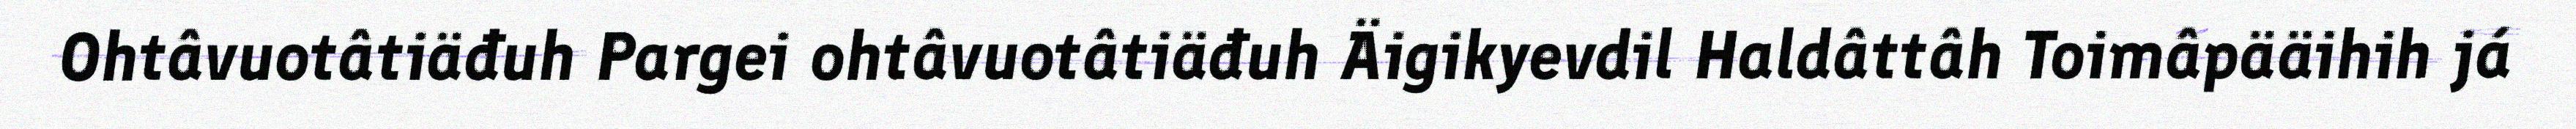
Ohtâvuotâtiäđuh Pargei ohtâvuotâtiäđuh Äigikyevdil Haldâttâh Toimâpääihih já